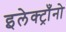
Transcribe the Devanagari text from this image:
इलेक्ट्राँनो